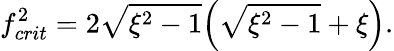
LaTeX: f_{crit}^{2}=2\sqrt{\xi^{2}-1}\Bigl(\sqrt{\xi^{2}-1}+\xi\Bigr).